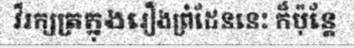
វីរក្សត្រក្នុងរឿងព្រំដែននេះ ក៏ប៉ុន្តែ